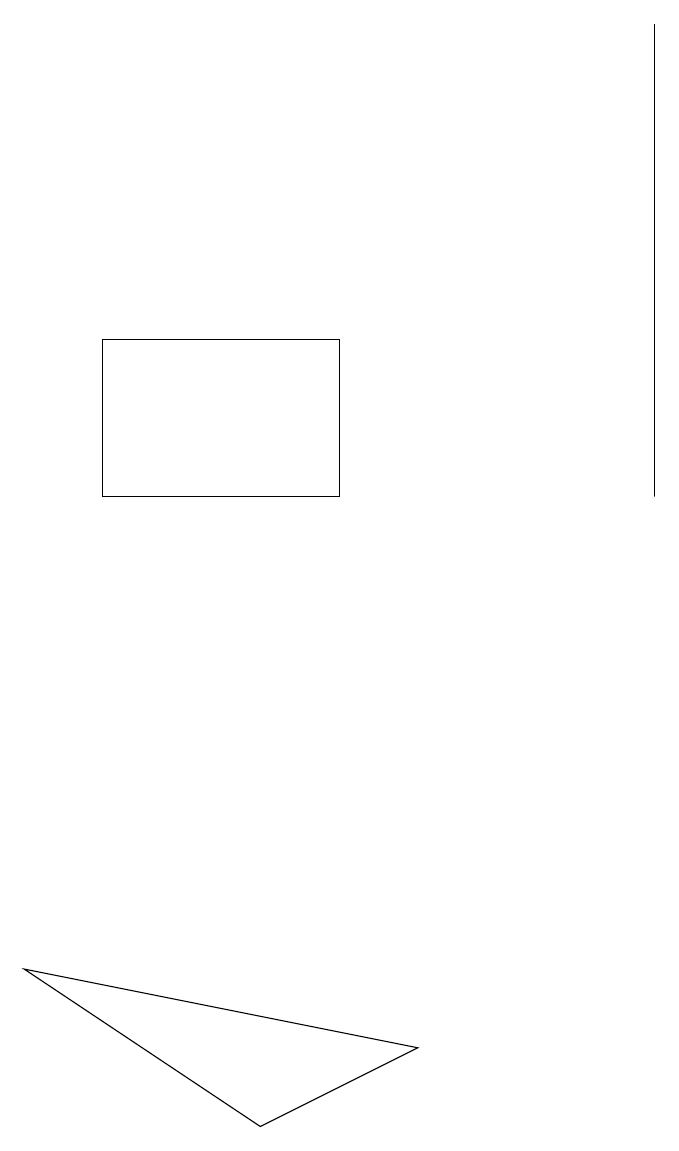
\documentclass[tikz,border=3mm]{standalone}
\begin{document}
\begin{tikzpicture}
\draw (8,11) rectangle (8,17);
\draw (0,5) -- (3,3) -- (5,4) -- cycle;
\draw (4,13) rectangle (1,11);
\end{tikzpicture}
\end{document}